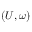
( \boldsymbol { U } , \boldsymbol { \omega } )